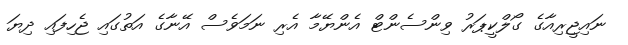
ނައިޖީރިއާގެ ގޯލްކީޕަރު ވިންސެންޓް އެންޔޭމާ އެރި ނަމަވެސް އޭނާގެ އަތުގައި ޖެހިފައި ދިޔަ